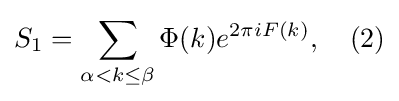
S_{1}=\sum _{\alpha <k\leq \beta }\Phi (k)e^{2\pi iF(k)},\ \ \ (2)